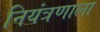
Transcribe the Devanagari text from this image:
नियंत्रणाला